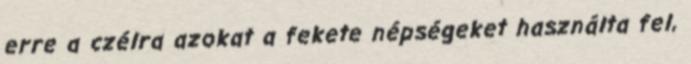
erre a czélra azokat a fekete népségeket használta fel,